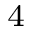
^ 4